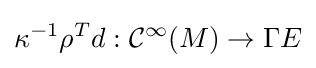
\kappa ^{-1}\rho ^{T}d:{\mathcal {C}}^{\infty }(M)\to \Gamma E